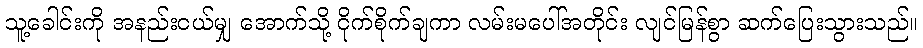
သူ့ခေါင်းကို အနည်းငယ်မျှ အောက်သို့ ငိုက်စိုက်ချကာ လမ်းမပေါ်အတိုင်း လျင်မြန်စွာ ဆက်ပြေးသွားသည်။